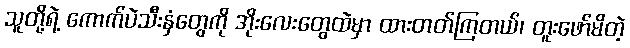
သူတို့ရဲ့ ကောက်ပဲသီးနှံတွေကို အိုးလေးတွေထဲမှာ ထားတတ်ကြတယ်၊ တူးဖော်မိတဲ့